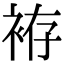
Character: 袸